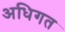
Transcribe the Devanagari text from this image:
अधिगत